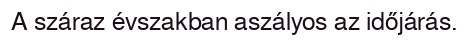
A száraz évszakban aszályos az időjárás.